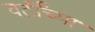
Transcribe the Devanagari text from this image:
वर्टींच्या